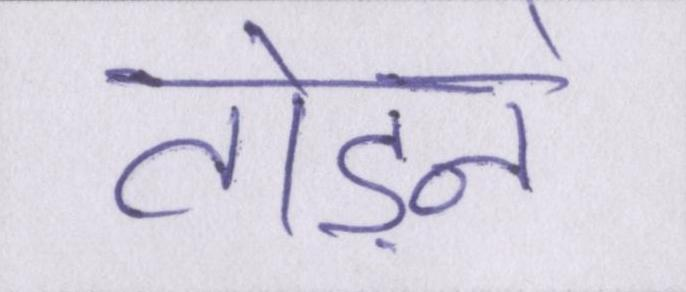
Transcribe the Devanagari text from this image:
तोड़ने